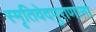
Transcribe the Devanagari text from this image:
स्मृतिवेदपुराणानां